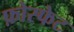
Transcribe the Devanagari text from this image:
फ़ोस्फेट